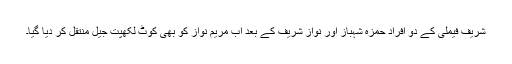
شریف فیملی کے دو افراد حمزہ شہباز اور نواز شریف کے بعد اب مریم نواز کو بھی کوٹ لکھپت جیل منتقل کر دیا گیا۔